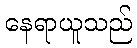
နေရာယူသည်